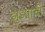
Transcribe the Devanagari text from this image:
झुडपाची